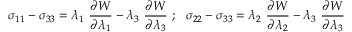
\sigma _ { 1 1 } - \sigma _ { 3 3 } = \lambda _ { 1 } ~ { \frac { \partial W } { \partial \lambda _ { 1 } } } - \lambda _ { 3 } ~ { \frac { \partial W } { \partial \lambda _ { 3 } } } ~ ; ~ ~ \sigma _ { 2 2 } - \sigma _ { 3 3 } = \lambda _ { 2 } ~ { \frac { \partial W } { \partial \lambda _ { 2 } } } - \lambda _ { 3 } ~ { \frac { \partial W } { \partial \lambda _ { 3 } } }